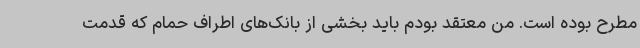
مطرح بوده است. من معتقد بودم باید بخشی از بانک‌های اطراف حمام که قدمت